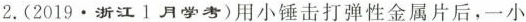
2.(2019·浙江1月学考)用小锤击打弹性金属片后，一小